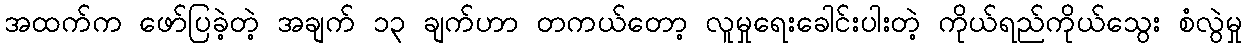
အထက်က ဖော်ပြခဲ့တဲ့ အချက် ၁၃ ချက်ဟာ တကယ်တော့ လူမှုရေးခေါင်းပါးတဲ့ ကိုယ်ရည်ကိုယ်သွေး စံလွဲမှု